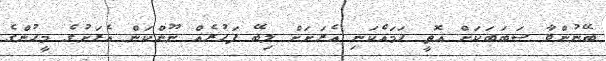
ބޭނުންވާ ސަބަބަކަށް އޮތީ ހަމައެކަނި އެރަށަށް ލިބޭ ފަހުރެއް ނޫންކަން އެރަށުގެ މީހުންގެ